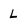
Character: L